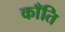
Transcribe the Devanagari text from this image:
काँति